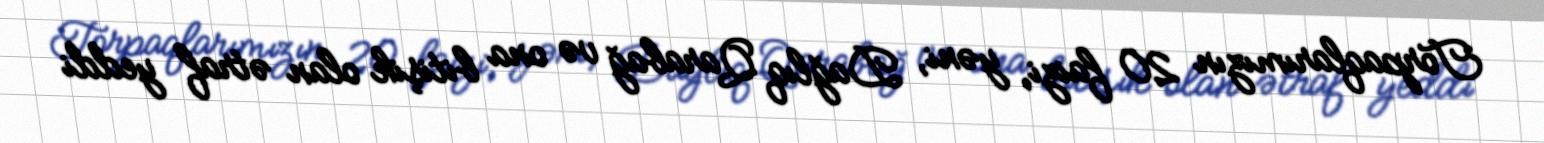
Torpaqlarımızın 20 faizi, yəni, Dağlıq Qarabağ və ona bitişik olan ətraf yeddi